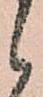
候